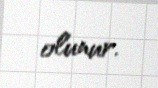
olunur.